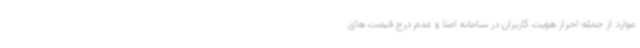
موارد از جمله احراز هویت کاربران در سامانه امتا و عدم درج قیمت های